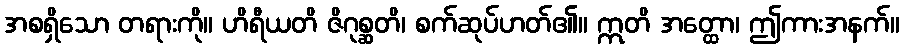
အစရှိသော တရားကို။ ဟိရီယတိ ဇိဂုစ္ဆတိ၊ စက်ဆုပ်ဟတ်၏။ ဣတိ အတ္ထော၊ ဤကားအနက်။